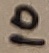
Text: 10